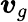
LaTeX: {\boldsymbol{v}}_{g}